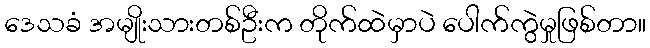
ဒေသခံ အမျိုးသားတစ်ဦးက တိုက်ထဲမှာပဲ ပေါက်ကွဲမှုဖြစ်တာ။